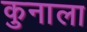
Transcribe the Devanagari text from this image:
कुनाला